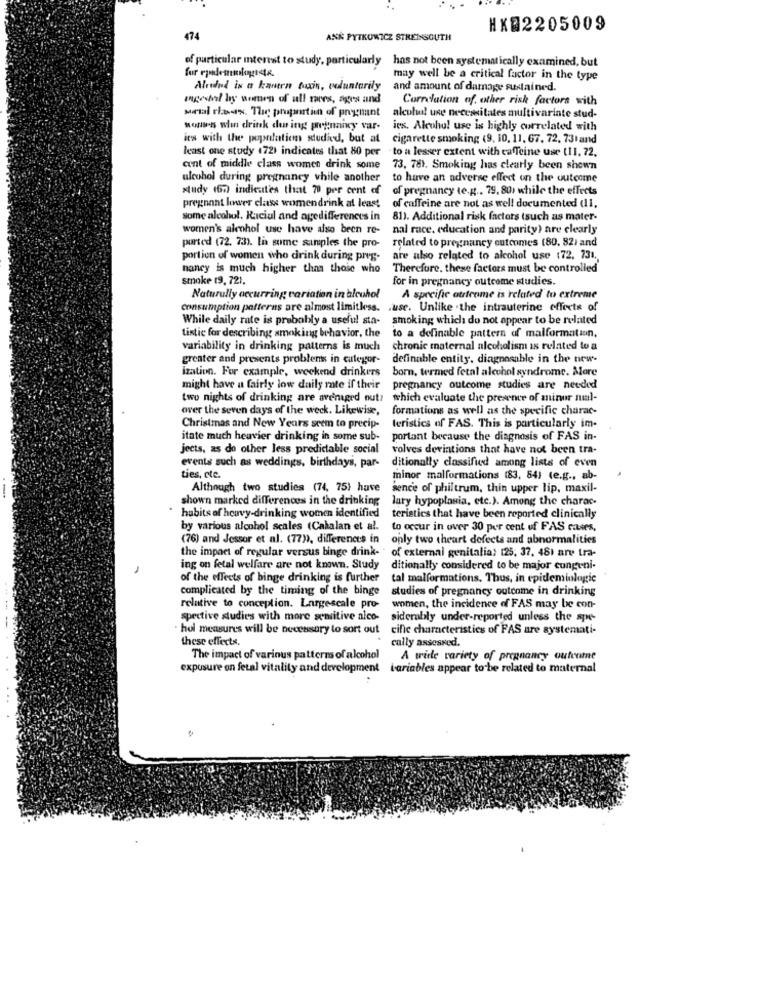
HX@2205009
474
ANK PYTKOWICZ STREINSOUTH
of particular interest to study, particularly has not been systematically examined, but
may well be a critical factor in the type
Alredud is a kanten fuxin, voluntarily and amount of damage sustained.
april by women of all rares, ages and
Correlation of. other risk factors with
Mortal there. The proportion of pregnant
alcohol use necessitates multivariate stud-
wons when drink during pregnancy var-
ies, Alcohol use is highly correlated with
ies with the population studied, but at
cigarette smoking (9, 10, 11, 67. 72. 731 and
least one study (72) indicates that 80 per
to a lesser extent with caffeine use (11. 72.
cent of middle class women drink some
73, 781. Smoking has clearly been shown
alcohol during pregnancy while another
to have an adverse effect on the outcome
study 467) indicates that 70 per cent of
of pregnancy te.g ., 79, 80) while the effects
pregnant lower class womendrink at least
of caffeine are not as well documented di,
some alcohol. Raciul and agedifferences in
811. Additional risk factors (such as mater-
women's alcohol use have also been re-
nal race, education and parity) are clearly
ported (72. 733). Li some simples the pro-
related to pregnancy outcomes (80. 82) and
portion of women who drink during pres-
are also related to alcohol use (72. 731 .,
nancy is much higher than those who
Therefore, these factors must be controlled
smoke (9, 72),
for in pregnancy outcome studies.
Naturally occurring variation in alcuhol
A specific atsteame is related to extreme
Consumption patterns are almost limitless.
use. Unlike . the intrauterine effects of
While daily rate is probably a useful sta-
smoking which do not appear to be related
Listic for describing smoking behavior, the
to a definable pattern of malformation.
variability in drinking patterns is much
chronic maternal alcoholism is related to a
greater and presents problems in categor-
definable entity. diagnosable in the new-
ization. For example, weekend drinkers
born, termed fetal alcohol syndrome. More
might have a fairly low daily rate if their
pregnancy outcome studies are needed
two nights of drinking are avenged out?
which evaluate the presence of minor nul-
over the seven days of the week. Likewise,
formations as well as the specific charac-
Christmas and New Years seem to precip-
teristics of FAS. This is particularly im-
itate much heavier drinking in some sub-
portant because the diagnosis of FAS in-
jects, as do other less predictable social
volves deviations that have not been tra-
events such as weddings, birthdays, par-
ditionally classified among lists of even
ties, etc.
minor malformations (83, 54) (e.g ., ab-
Although two studies (74, 75) have
sence of philtrum, thin upper lip, maxil-
shown marked differences in the drinking
lary hypoplasia, etc.). Among the charac-
habits of heavy-drinking women identified
teristics that have been reported clinically
by various alcohol scales (Cahalan et al.
to occur in over 30 per cent of FAS causes,
(76) and Jessor et al. (77)), differences in
only two theart defects and abnormalities
the impact of regular versus binge drink-
of external genitalia: 125, 37, 48) are tra-
1
ing on fetal welfare are not known. Study
ditionally considered to be major congeni-
of the effects of binge drinking is further
tal malformations. Thus, in epidemiologic
complicated by the timing of the binge
studies of pregnancy outcome in drinking
relative to conception. Largescale pro-
women, the incidence of FAS may be con-
spective studies with more sensitive alco-
siderably under-reported unless the spe-
hol measures will be necessary to sort out
cific characteristics of FAS are systemati-
these effects.
cally assessed.
The impact of various patterns of alcohol
A wide variety of pregnancy outerme
exposure on fetal vitality and development
Variables appear to be related to maternal